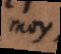
moy